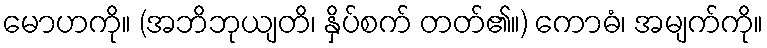
မောဟကို။ (အဘိဘုယျတိ၊ နှိပ်စက် တတ်၏။) ကောဓံ၊ အမျက်ကို။